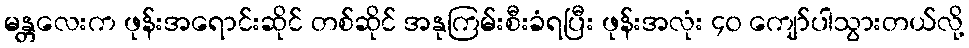
မန္တလေးက ဖုန်းအရောင်းဆိုင် တစ်ဆိုင် အနုကြမ်းစီးခံရပြီး ဖုန်းအလုံး ၄၀ ကျော်ပါသွားတယ်လို့